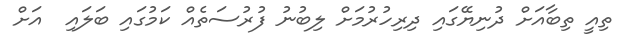
ތިއީ ތިބާއަށް ދުނިޔޭގައި ދިރިހުރުމަށް ލިބުނު ފުރުސަތެއް ކަމުގައި ބަލައި  އަށް